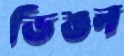
ডিঙন